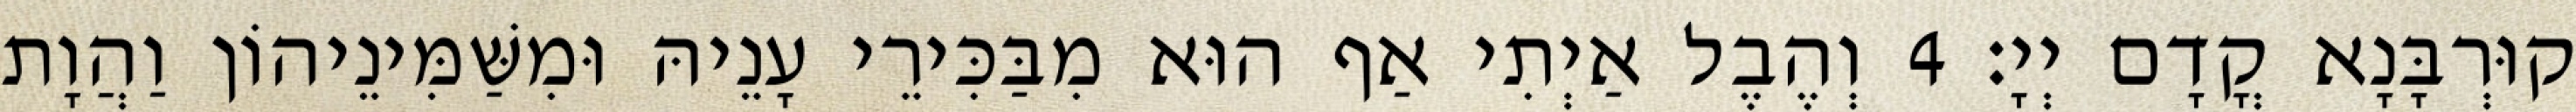
קוּרְבָּנָא קֳדָם יְיָ׃ 4 וְהֶבֶל אַיְתִי אַף הוּא מִבַּכִּירֵי עָנֵיהּ וּמִשַּׁמִּינֵיהוֹן וַהֲוָת